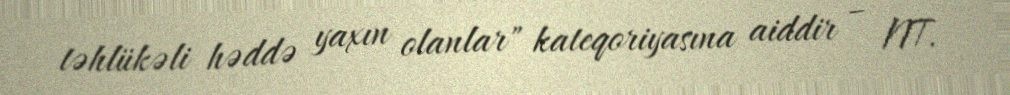
təhlükəli həddə yaxın olanlar" kateqoriyasına aiddir – NT.